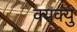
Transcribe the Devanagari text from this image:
क्यक्यु